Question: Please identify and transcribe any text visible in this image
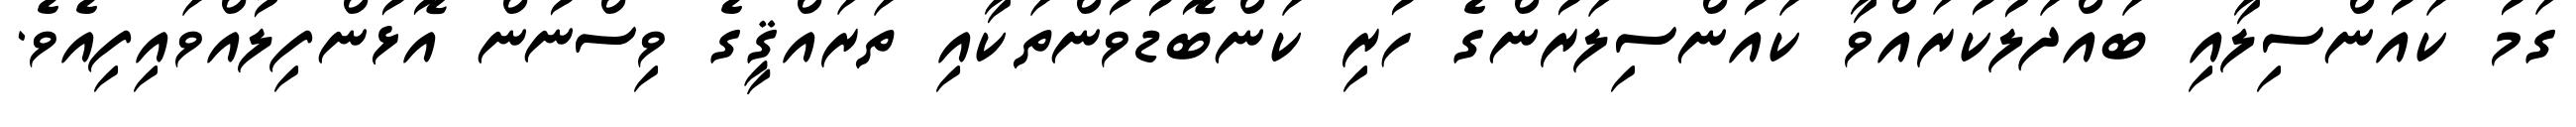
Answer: ގަމު ކައުންސިލާއި ބައްދަލުކުރައްވާ ކައުންސިލަރުންގެ ހުރި ކަންބޮޑުވުންތަކާއި ތަރައްޤީގެ ވިސްނުން އޮޅުންފިލުއްވައިފިއެވެ.